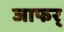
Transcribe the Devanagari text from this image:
जाफर्